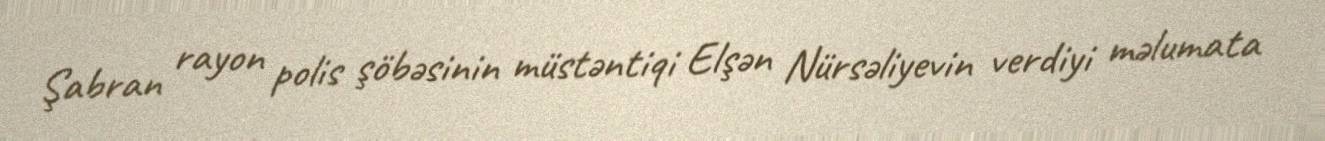
Şabran rayon polis şöbəsinin müstəntiqi Elşən Nürsəliyevin verdiyi məlumata